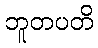
ဘူတပတိ